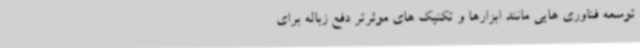
توسعه فناوری هایی مانند ابزارها و تکنیک های موثرتر دفع زباله برای